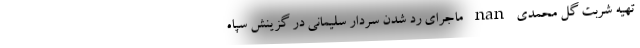
تهیه شربت گل محمدی nan ماجرای رد شدن سردار سلیمانی در گزینش سپاه